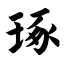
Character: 琢